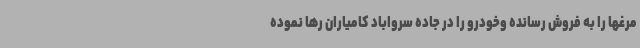
مرغها را به فروش رسانده وخودرو را در جاده سرواباد کامیاران رها نموده